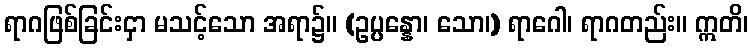
ရာဂဖြစ်ခြင်းငှာ မသင့်သော အရာ၌။ (ဥပ္ပန္နော၊ သော၊) ရာဂေါ၊ ရာဂတည်း။ ဣတိ၊